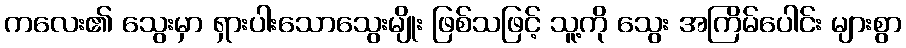
ကလေး၏ သွေးမှာ ရှားပါးသောသွေးမျိုး ဖြစ်သဖြင့် သူ့ကို သွေး အကြိမ်ပေါင်း များစွာ